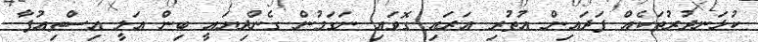
ކުޅަނދުރުތަކެއް ފަދައިން އުތުރި އަރައި ގޮވައި ނަގަމުން ގެންދިޔައީ ބިން ޢަލީ އިސްތިޢުފާ